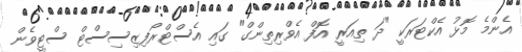
އެންމެ މޮޅު އެކްޓަރަކީ "ދަ ތިއަރީ އޮފް އެވްރިތިންގް" ގައި އެސްޓްރޯފިޒިސިސްޓް ސްޓީވެން